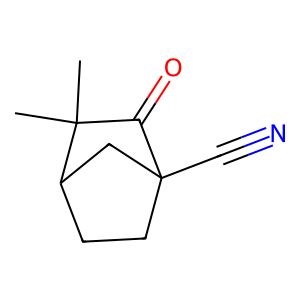
SMILES: CC1(C)C(=O)C2(C#N)CCC1C2
Inhibits HIV replication: No